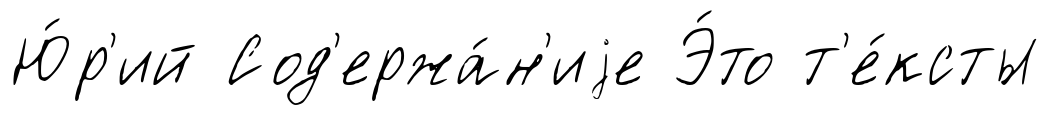
Ю́р'ий Сод'ержа́н'иjе Э́то т'е́ксты